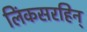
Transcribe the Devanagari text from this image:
लिंकसरहिन्